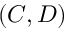
( C , D )